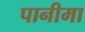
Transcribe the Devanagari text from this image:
पानीमा